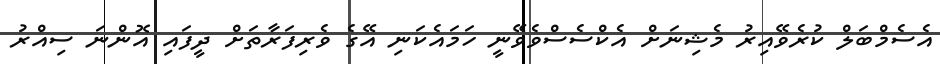
އެސެމްބަލް ކުރެވޭއިރު މެޝިނަށް އެކްސެސްވެވޭނީ ހަމައެކަނި އޭގެ ވެރިފަރާތަށް ދީފައި އޮންނަ ސިއްރު